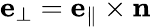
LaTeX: \mathbf{e}_{\perp}=\mathbf{e}_{\parallel}\times\mathbf{n}